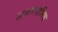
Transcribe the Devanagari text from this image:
अन्तरधार्मिक